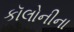
કૉલોનીના